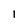
Character: 1